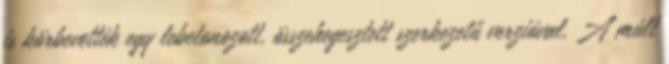
is körbevették egy lebetonozott, összehegesztett szerkezetű verzióval. A múlt